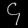
Digit: ၄